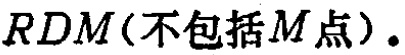
$RDM(不包括M点).$